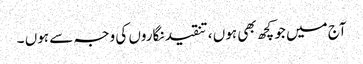
آج میں جو کچھ بھی ہوں ، تنقید نگاروں کی وجہ سے ہوں ۔